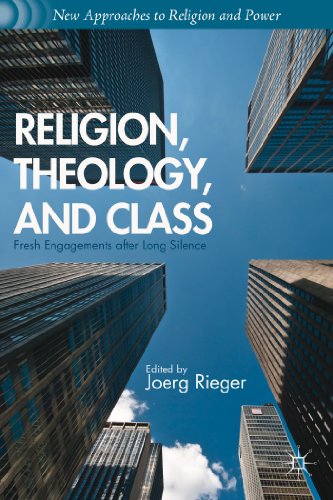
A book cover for Religion, Theology, and Class: Fresh Engagements after Long Silence (New Approaches to Religion and Power); Christian Books & Bibles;